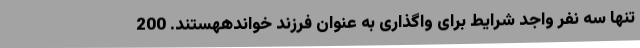
تنها سه نفر واجد شرایط برای واگذاری به عنوان فرزند خواندههستند. 200